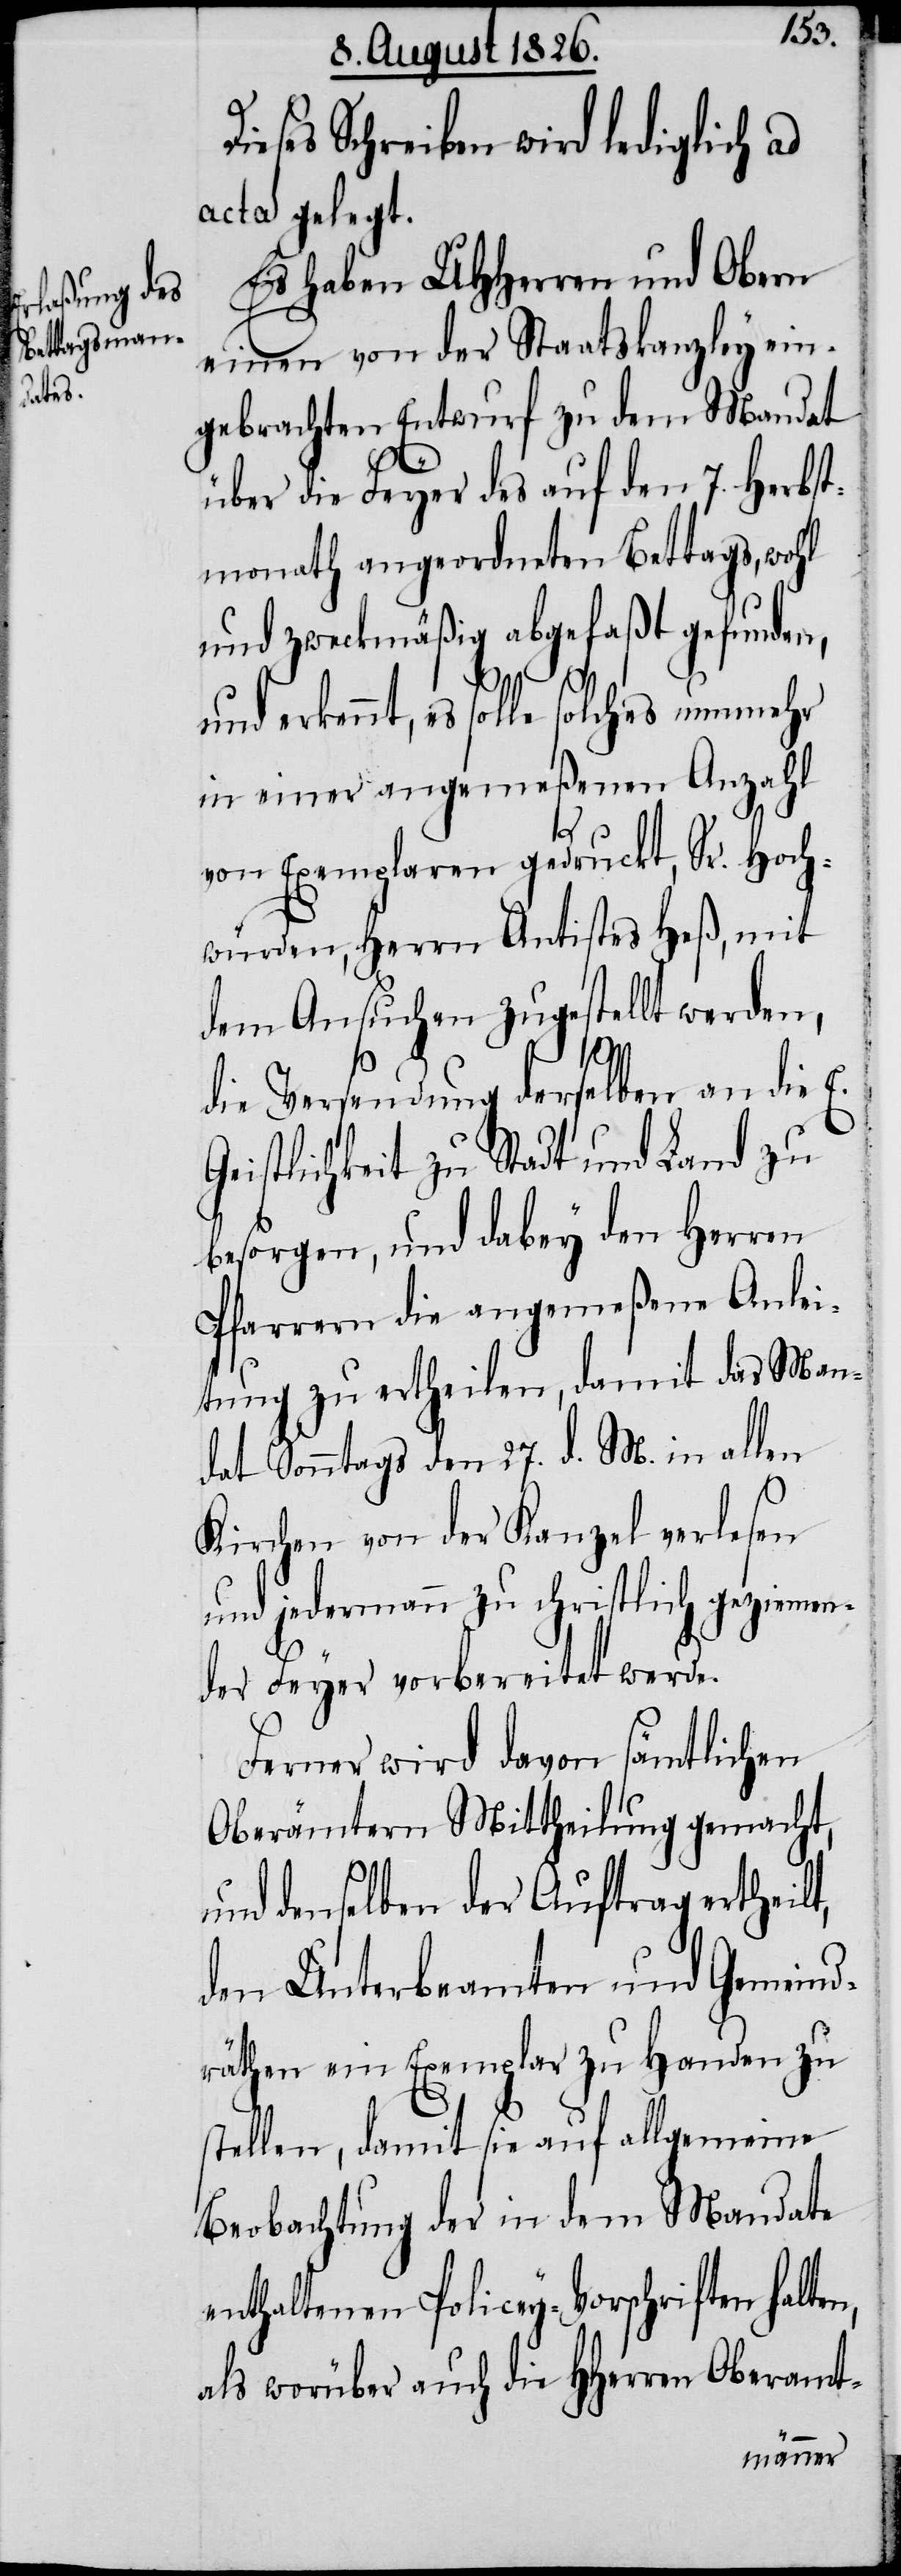
ieses Schreiben wird lediglich ad
acta gelegt.
Es haben MHHerren und Obern
einen von der Staatskanzley ein¬
gebrachten Entwurf zu dem Mandat
über die Feyer des auf den 7. Herbst¬
monath angeordneten Bettags, wohl
und zweckmäßig abgefaßt gefunden,
erkennt, es solle solches nunmehr
in einer angemeßenen Anzahl
von Exemplaren gedruckt, Sr. Hoch¬
würden, Herrn Antistes Heß mit
dem Ansuchen zugestellt werden,
n,
die Versendung derselben an die E.
Geistlichkeit zu Stadt und Land zu
besorgen und dabey den Herren
Pfarrern die angemeßene Anlei¬
tung zu ertheilen, damit das Man¬
dat Sonntags den 27. d. M. in allen
Kirchen von der Kanzel verlesen
und jedermann zu christlich geziemen¬
der Feyer vorbereitet werde.
Ferner wird davon sämtlichen
Oberämtern Mittheilung gemacht,
und denselben der Auftrag ertheilt,
den Unterbeamten und Gemeind¬
räthen ein Exemplar zu Handen zu
stellen, damit sie auf allgemeine
Beobachtung der in dem Mandate
enthaltenen Policey-Vorschriften halte¬
als worüber auch die HHerren Oberamt-